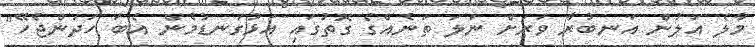
މާލެ އަލުން އަނބުރާ ވަރަށް ނަލަ ތަނެއްގެ ގޮތުގައި އަޅުގަނޑުމެން އެބަ ހަދަންޖެހޭ"